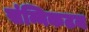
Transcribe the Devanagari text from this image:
संन्निकटन